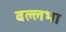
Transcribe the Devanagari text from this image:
बल्लभा